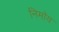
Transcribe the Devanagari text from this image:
निमाॅय